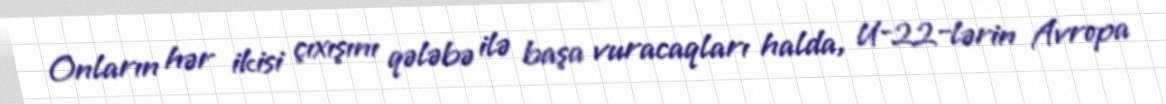
Onların hər ikisi çıxışını qələbə ilə başa vuracaqları halda, U-22-lərin Avropa